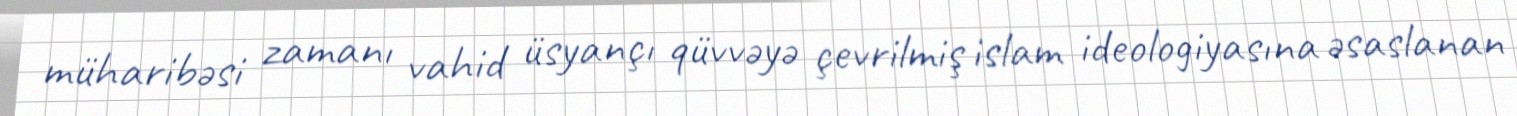
müharibəsi zamanı vahid üsyançı qüvvəyə çevrilmiş islam ideologiyasına əsaslanan